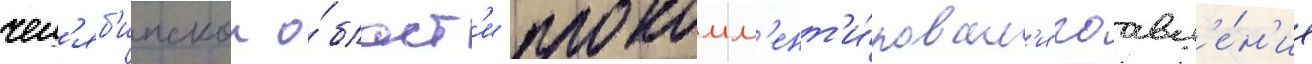
чел'яб'инскои о́бласт'и прокомм'ент'и́ровал'и поавл'е́н'ие